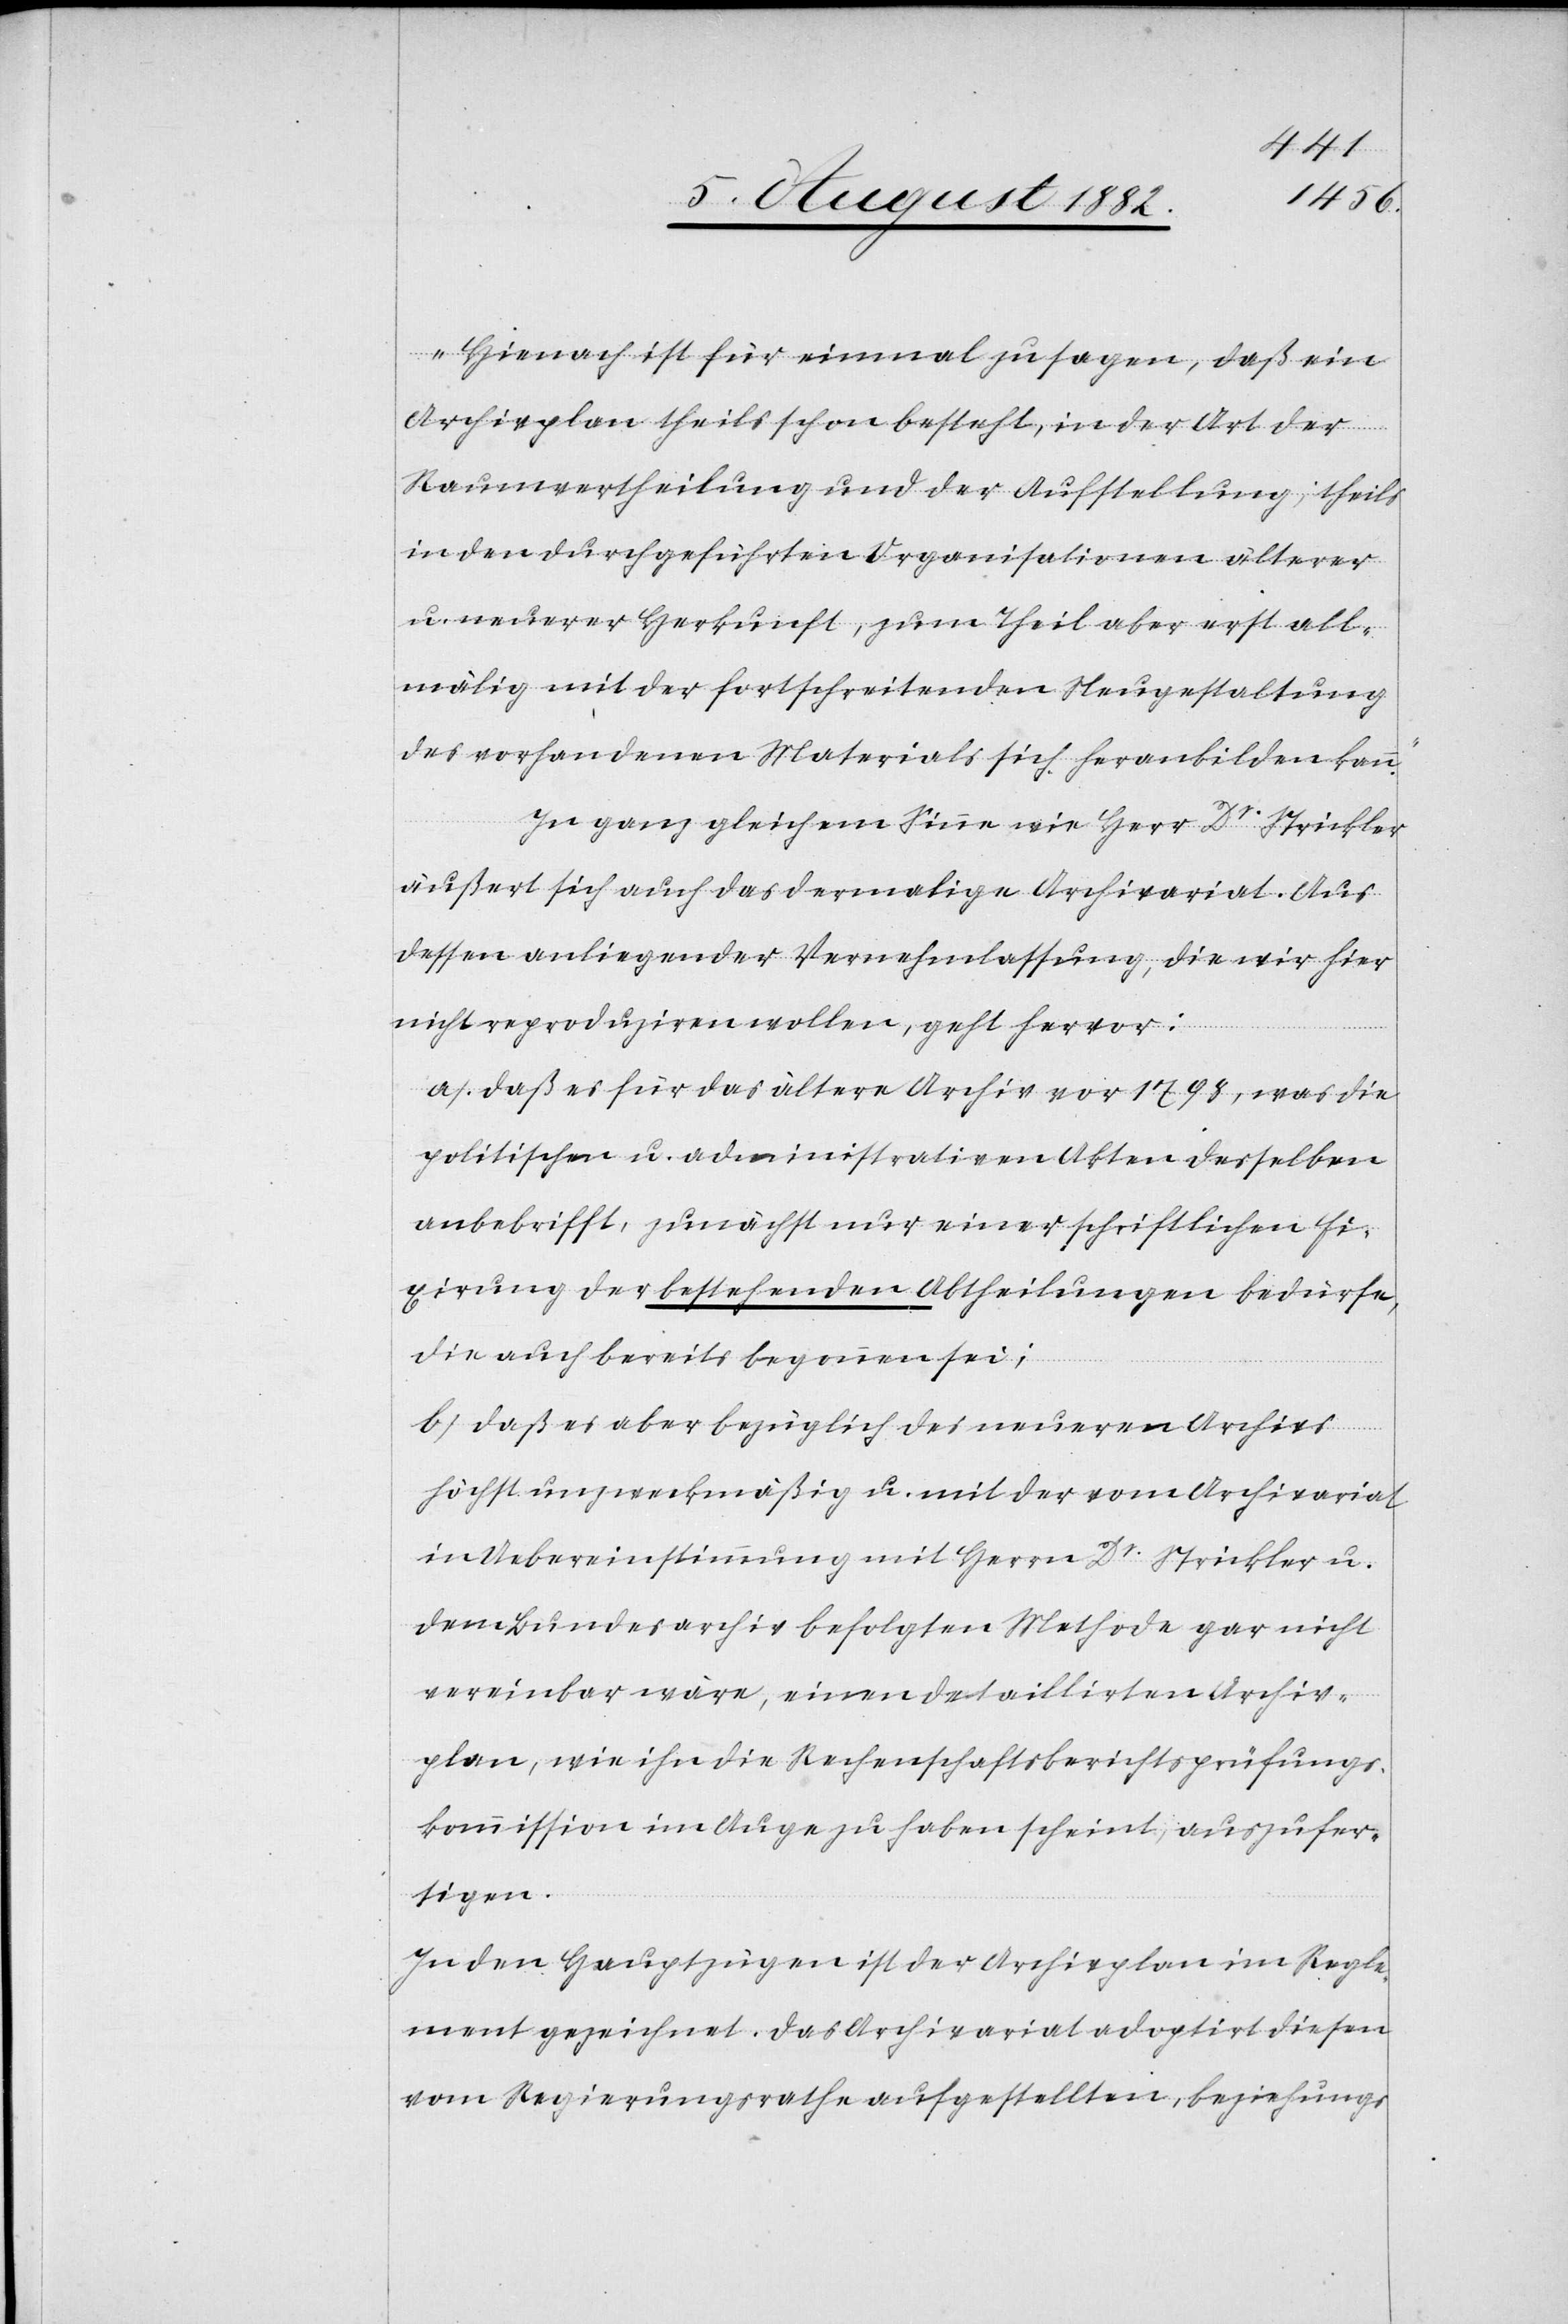
Hienach ist für einmal zu sagen, daß ein
Archivplan theils schon besteht, in der Art der
Raumvertheilung und der Aufstellung; theils
in den durchgeführten Organisationen älterer
u. neuerer Herkunft, zum Theil aber erst all¬
mälig mit der fortschreitenden Neugestaltung
des vorhandenen Materials sich heranbilden kann.“
In ganz gleichem Sinne wie Herr Dr Strickler
äußert sich auch das dermalige Archivariat. Aus
dessen anliegender Vernehmlassung, die wir hier
nicht reproduziren wollen, geht hervor:
a) Daß es für das ältere Archiv vor 1798, was die
politischen u. die administrativen Akten desselben
anbetrifft, zunächst nur einer schriftlichen Fi¬
xirung der bestehenden Abtheilungen bedürfe,
die auch bereits begonnen sei;
b) Daß es aber bezüglich des neueren Archivs
höchst unzweckmäßig u. mit der vom Archivariat
in Uebereinstimmung mit Herrn Dr. Strickler u.
dem Bundesarchiv befolgten Methode gar nicht
vereinbar wäre, einen detaillirten Archiv¬
plan, wie ihn die Rechenschaftsberichtsprüfungs¬
kommission im Auge zu haben scheint, auszufer¬
tigen.
In den Hauptzügen ist der Archivplan im Regle¬
ment gezeichnet. Das Archivariat adoptirt diesen
vom Regierungsrathe aufgestellten, beziehungs-